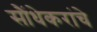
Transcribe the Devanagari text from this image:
सौंधेकरांचे